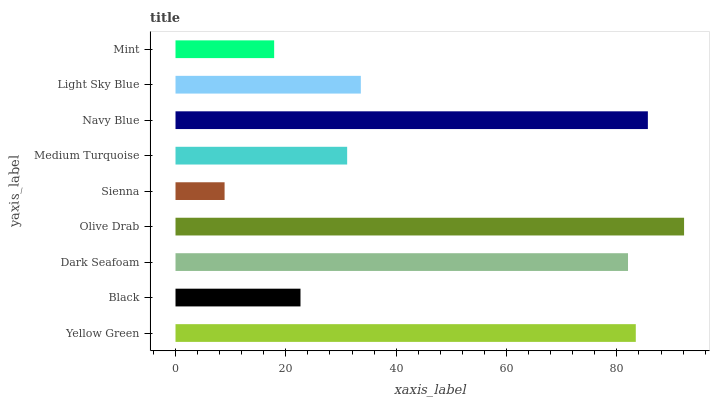
| yaxis_label | bars |
 | --- | --- |
 | Yellow Green | 83.4 |
 | Black | 22.7 |
 | Dark Seafoam | 82 |
 | Olive Drab | 92.2 |
 | Sienna | 8.9 |
 | Medium Turquoise | 31.1 |
 | Navy Blue | 85.6 |
 | Light Sky Blue | 33.6 |
 | Mint | 17.9 |